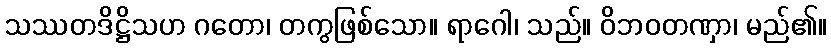
သဿတဒိဋ္ဌိသဟ ဂတော၊ တကွဖြစ်သော။ ရာဂေါ၊ သည်။ ဝိဘဝတဏှာ၊ မည်၏။